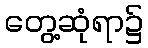
တွေ့ဆုံရာ၌